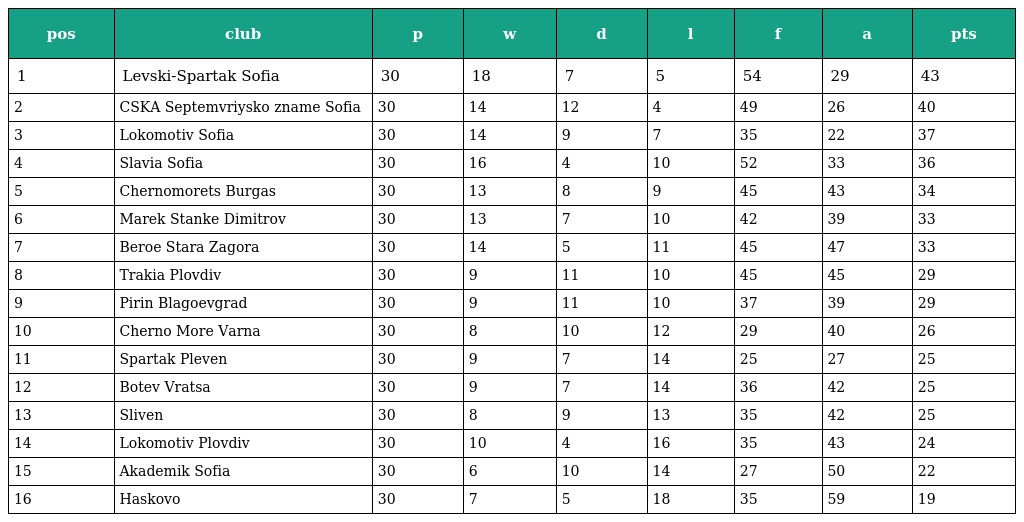
| pos | club | p | w | d | l | f | a | pts |
 | --- | --- | --- | --- | --- | --- | --- | --- | --- |
 | 1 | Levski-Spartak Sofia | 30 | 18 | 7 | 5 | 54 | 29 | 43 |
 | 2 | CSKA Septemvriysko zname Sofia | 30 | 14 | 12 | 4 | 49 | 26 | 40 |
 | 3 | Lokomotiv Sofia | 30 | 14 | 9 | 7 | 35 | 22 | 37 |
 | 4 | Slavia Sofia | 30 | 16 | 4 | 10 | 52 | 33 | 36 |
 | 5 | Chernomorets Burgas | 30 | 13 | 8 | 9 | 45 | 43 | 34 |
 | 6 | Marek Stanke Dimitrov | 30 | 13 | 7 | 10 | 42 | 39 | 33 |
 | 7 | Beroe Stara Zagora | 30 | 14 | 5 | 11 | 45 | 47 | 33 |
 | 8 | Trakia Plovdiv | 30 | 9 | 11 | 10 | 45 | 45 | 29 |
 | 9 | Pirin Blagoevgrad | 30 | 9 | 11 | 10 | 37 | 39 | 29 |
 | 10 | Cherno More Varna | 30 | 8 | 10 | 12 | 29 | 40 | 26 |
 | 11 | Spartak Pleven | 30 | 9 | 7 | 14 | 25 | 27 | 25 |
 | 12 | Botev Vratsa | 30 | 9 | 7 | 14 | 36 | 42 | 25 |
 | 13 | Sliven | 30 | 8 | 9 | 13 | 35 | 42 | 25 |
 | 14 | Lokomotiv Plovdiv | 30 | 10 | 4 | 16 | 35 | 43 | 24 |
 | 15 | Akademik Sofia | 30 | 6 | 10 | 14 | 27 | 50 | 22 |
 | 16 | Haskovo | 30 | 7 | 5 | 18 | 35 | 59 | 19 |